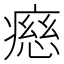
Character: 𤹏